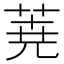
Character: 𮏔